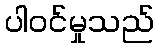
ပါဝင်မှုသည်